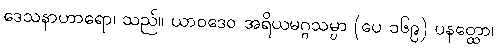
ဒေသနာဟာရော၊ သည်။ ယာဝဒေဝ အရိယမဂ္ဂသမ္ပာ (ပေ ၁၆၉) ပနတ္ထော၊